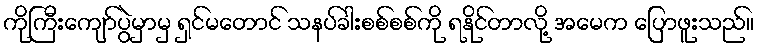
ကိုကြီးကျော်ပွဲမှာမှ ရှင်မတောင် သနပ်ခါးစစ်စစ်ကို ရနိုင်တာလို့ အမေက ပြောဖူးသည်။